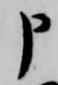
申